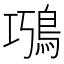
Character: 𩿸